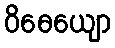
ဝိဓေယျော